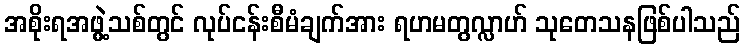
အစိုးရအဖွဲ့သစ်တွင် လုပ်ငန်းစီမံချက်အား ရဟမတွလ္လာဟ် သုတေသနဖြစ်ပါသည်